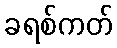
ခရစ်ကတ်